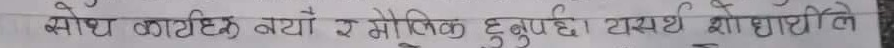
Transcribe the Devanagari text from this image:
सेध काटिए केटा र मौतिक हुनुपर्छ। यसर्थ शोधार्थी ले